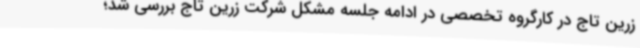
زرین تاج در کارگروه تخصصی در ادامه جلسه مشکل شرکت زرین تاج بررسی شد؛